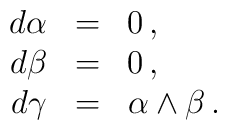
\begin{array}{rcl}d \alpha & = & 0\,,  \\d \beta &=& 0\,,\\d\gamma & = & \alpha \wedge \beta\,.\end{array}